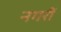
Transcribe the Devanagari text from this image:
नगरीं